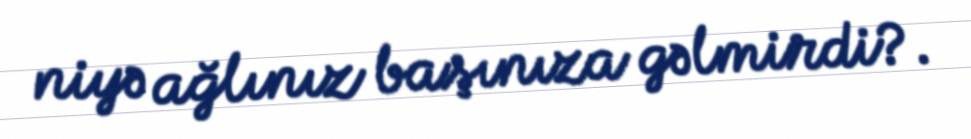
niyə ağlınız başınıza gəlmirdi?.